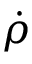
\dot { \rho }